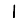
Digit: 1